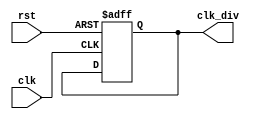
`timescale 1ns / 1ps
//////////////////////////////////////////////////////////////////////////////////
// Company: 
// Engineer: 
// 
// Design Name: 
// Module Name: clk_divider
// Project Name: 
// Target Devices: 
// Tool Versions: 
// Description: 
// 
// Dependencies: 
// 
// Revision:
// Revision 0.01 - File Created
// Additional Comments:
// 
//////////////////////////////////////////////////////////////////////////////////


module clk_divider(
   input clk, rst,
    output reg clk_div
    );
	
localparam terminalcount = (100000 - 1);
reg [15:0] count;
wire tc;

assign tc = (count == terminalcount);	// Place a comparator on the counter output

always @ (posedge(clk), posedge(rst))
begin
    if (rst) count <= 0;
    else if (tc) count <= 0;		// Reset counter when terminal count reached
    else count <= count + 1;
end

always @ (posedge(clk), posedge(rst))
begin
    if (rst) clk_div <= 0;
    else if (tc) clk_div = !clk_div;	// T-FF with tc as input signal
end
endmodule